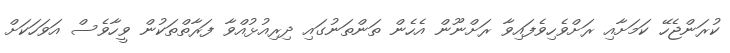
ކުރަންޖެހޭ ކަމަށާއި ރަށްވެހިވެފައިވާ ރަށްނޫން އެހެން ތަންތަނުގައި ދިރިއުޅުއްވާ ފަރާތްތަކުން ވީހާވެސް އަވަހަކަށް